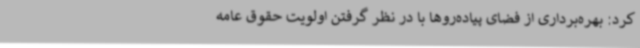
کرد: بهره‌برداری از فضای پیاده‌روها با در نظر گرفتن اولویت حقوق عامه